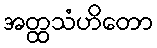
အတ္ထသံဟိတော